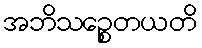
အဘိသဉ္စေတယတိ